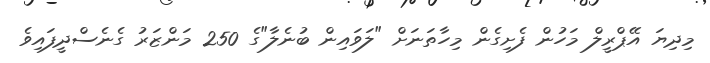
މިދިޔަ އޭޕްރީލް މަހުން ފެށިގެން މިހާތަނަށް "ލަވައިން ބުނެލާ"ގެ 250 މަންޒަރު ގެނެސްދީފައިވެ